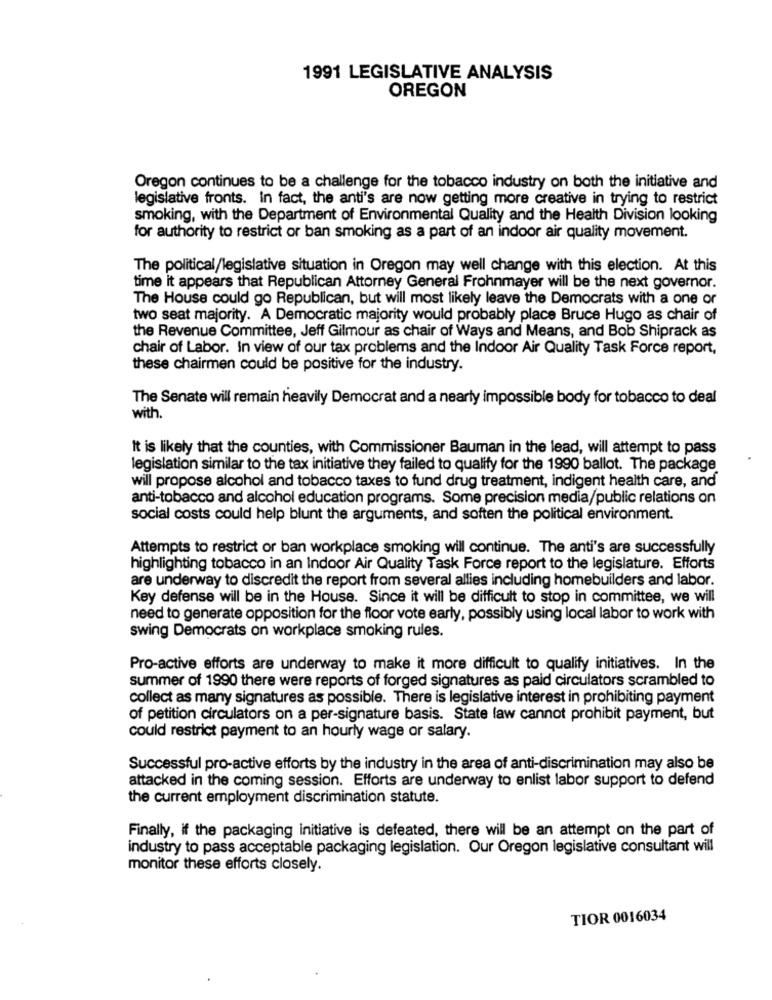
1991 LEGISLATIVE ANALYSIS
OREGON
Oregon continues to be a challenge for the tobacco industry on both the initiative and
legislative fronts. In fact, the anti's are now getting more creative in trying to restrict
smoking, with the Department of Environmental Quality and the Health Division looking
for authority to restrict or ban smoking as a part of an indoor air quality movement.
The political/legislative situation in Oregon may well change with this election. At this
time it appears that Republican Attorney General Frohnmayer will be the next governor.
The House could go Republican, but will most likely leave the Democrats with a one or
two seat majority. A Democratic majority would probably place Bruce Hugo as chair of
the Revenue Committee, Jeff Gilmour as chair of Ways and Means, and Bob Shiprack as
chair of Labor. In view of our tax problems and the Indoor Air Quality Task Force report,
these chairmen could be positive for the industry.
The Senate will remain heavily Democrat and a nearly impossible body for tobacco to deal
with.
It is likely that the counties, with Commissioner Bauman in the lead, will attempt to pass
legislation similar to the tax initiative they failed to qualify for the 1990 ballot. The package
will propose alcohol and tobacco taxes to fund drug treatment, indigent health care, and
anti-tobacco and alcohol education programs. Some precision media/public relations on
social costs could help blunt the arguments, and soften the political environment.
Attempts to restrict or ban workplace smoking will continue. The anti's are successfully
highlighting tobacco in an Indoor Air Quality Task Force report to the legislature. Efforts
are underway to discredit the report from several allies including homebuilders and labor.
Key defense will be in the House. Since it will be difficult to stop in committee, we will
need to generate opposition for the floor vote early, possibly using local labor to work with
swing Democrats on workplace smoking rules.
Pro-active efforts are underway to make it more difficult to qualify initiatives. In the
summer of 1990 there were reports of forged signatures as paid circulators scrambled to
collect as many signatures as possible. There is legislative interest in prohibiting payment
of petition circulators on a per-signature basis. State law cannot prohibit payment, but
could restrict payment to an hourly wage or salary.
Successful pro-active efforts by the industry in the area of anti-discrimination may also be
attacked in the coming session. Efforts are underway to enlist labor support to defend
the current employment discrimination statute.
Finally, if the packaging initiative is defeated, there will be an attempt on the part of
industry to pass acceptable packaging legislation. Our Oregon legislative consultant will
monitor these efforts closely.
TIOR 0016034